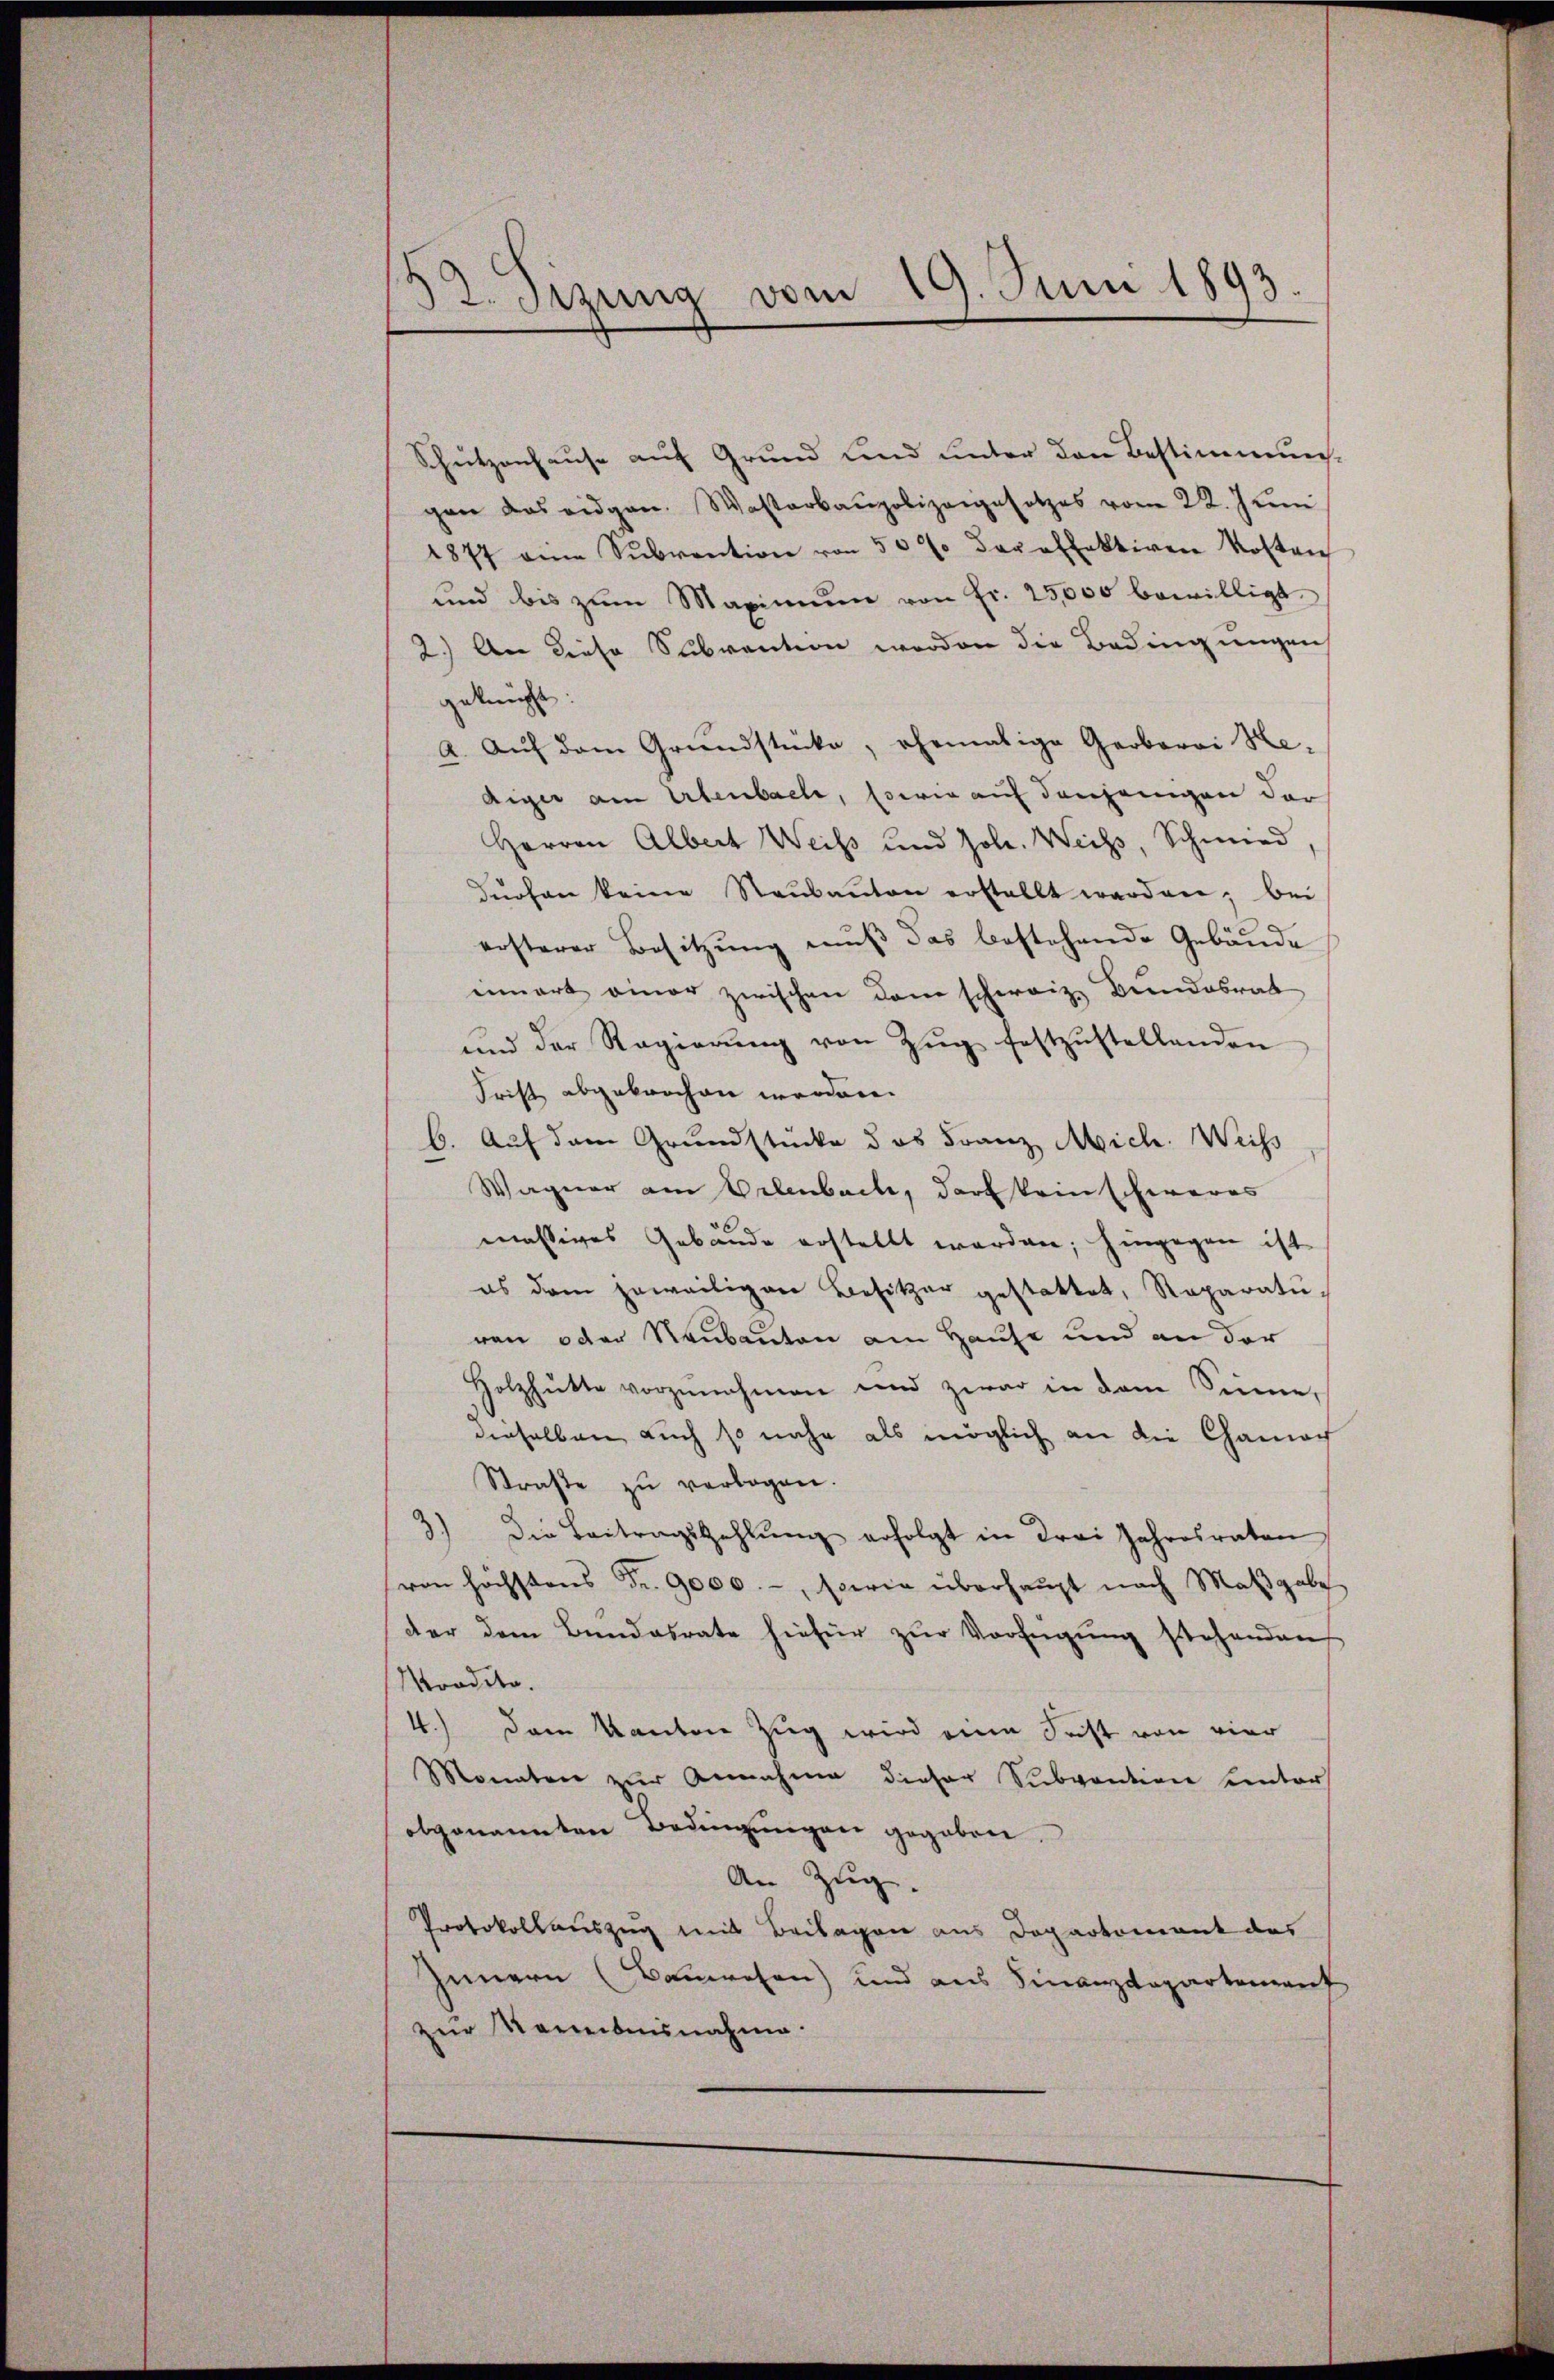
32. Sizung vom 19. Juni 1893.

Schützenhause auf Grund und unter den Bestimmungs-
gen das eidgen. Wasterbaupolizeigesetzes vom 22. Juni
1877 an Sŭbvention von 50 % der offektiven Kostrich
und bis zŭm Maximum von fr. 25,000 bewilligt.
2.) An diese Subvention worden die Bedingungen
geknüpft.
a. Aŭf dem Grundstücke, ehemalige Gerberei He-
Aiger am Erlenbache, sowie auf denjenigen dar
Herren Albert Weiß und Joh. Weiss, Schmied
dürfen keine Staŭbanton erstellt werden; bei
ersterer Besitzŭng muß das bestehende Gebäude
innert einer zwischen dem schweiz. Bundesrat
und der Regierŭng von Zŭg festzŭstellenden
Frist abgebrochen werden.
B. Auf dem Grundstücke das Franz Mich. Weiss
Wagner am Erlenbach, darf kein schweres
mässiges Gebäude erstellt werden; hingegen ist
es dem jeweiligen Besitzer gestattet, Reparatu-
ren oder Raubauten am Hause und an der
Holzhütte vorzŭnehmen und zwar in dem Sinne,
dieselben auch so mehr als möglich an die Charach
Straße zu verbogen.
3.) Die Beitragszahlŭng erfolgt in drei Jahresraten
von höchstens Fr. 9000.-, sowie überhaupt nach Maßgabe
der dem Bundesrate hiefür zŭr Verfügung stehenden
Moodito.
4.) Dem Kanton Zug wird eine Fest von vier
Monaten zŭr Annahme dieser Sŭbvention unters
obgenannten Bedingŭngen gegeben.
An Zug.
Protokollauszug mit Beilagen aus Doparkoment des
Innern (Bauwesen) und aus Finanzdepartement
zur Neueibensnahme.